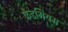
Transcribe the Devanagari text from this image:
कैडगियम